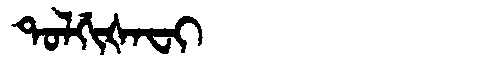
Manchu: ᡨᠣᠯᡤᡳᡧᠠᠸᡳ
Romanization: TOLGIŠAFI